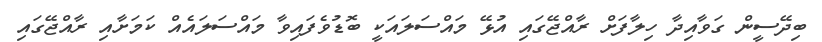
ބިދޭސީން ގަވާއިދާ ހިލާފަށް ރާއްޖޭގައި އުޅޭ މައްސަލައަކީ ބޮޑުވެފައިވާ މައްސަލައެއް ކަމަށާއި ރާއްޖޭގައި